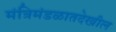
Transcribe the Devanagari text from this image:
मंत्रिमंडळातदेखील